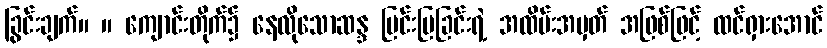
ခြွင်းချက်။ ။ ကျောင်းတိုက်၌ နေလိုသောဆန္ဒ ပြင်းပြခြင်းရဲ့ အထိမ်းအမှတ် အဖြစ်ဖြင့် ထင်ရှားအောင်